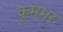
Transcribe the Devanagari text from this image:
कुम्भर